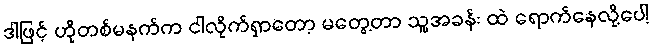
ဒါဖြင့် ဟိုတစ်မနက်က ငါလိုက်ရှာတော့ မတွေ့တာ သူ့အခန်း ထဲ ရောက်နေလို့ပေါ့